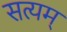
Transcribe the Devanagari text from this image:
सत्‍यम्